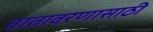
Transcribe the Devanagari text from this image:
वातावरणासाठी